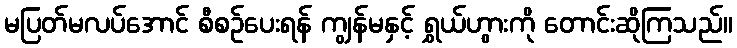
မပြတ်မလပ်အောင် စီစဉ်ပေးရန် ကျွန်မနှင့် ရွှယ်ဟွားကို တောင်းဆိုကြသည်။